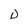
Character: D